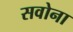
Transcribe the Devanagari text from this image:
सवोना